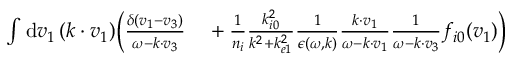
\begin{array} { r l } { \int \mathrm { d } \boldsymbol { v } _ { 1 } \, ( \boldsymbol { k \cdot v } _ { 1 } ) \biggl ( \frac { \delta ( \boldsymbol { v } _ { 1 } - \boldsymbol { v } _ { 3 } ) } { \omega - \boldsymbol { k } \cdot \boldsymbol { v } _ { 3 } } } & { { } + \frac { 1 } { n _ { i } } \frac { k _ { i 0 } ^ { 2 } } { k ^ { 2 } + k _ { e 1 } ^ { 2 } } \frac { 1 } { \epsilon ( \omega , \boldsymbol { k } ) } \frac { \boldsymbol { k \cdot v } _ { 1 } } { \omega - \boldsymbol { k \cdot v } _ { 1 } } \frac { 1 } { \omega - \boldsymbol { k \cdot v } _ { 3 } } f _ { i 0 } ( \boldsymbol { v } _ { 1 } ) \biggr ) } \end{array}